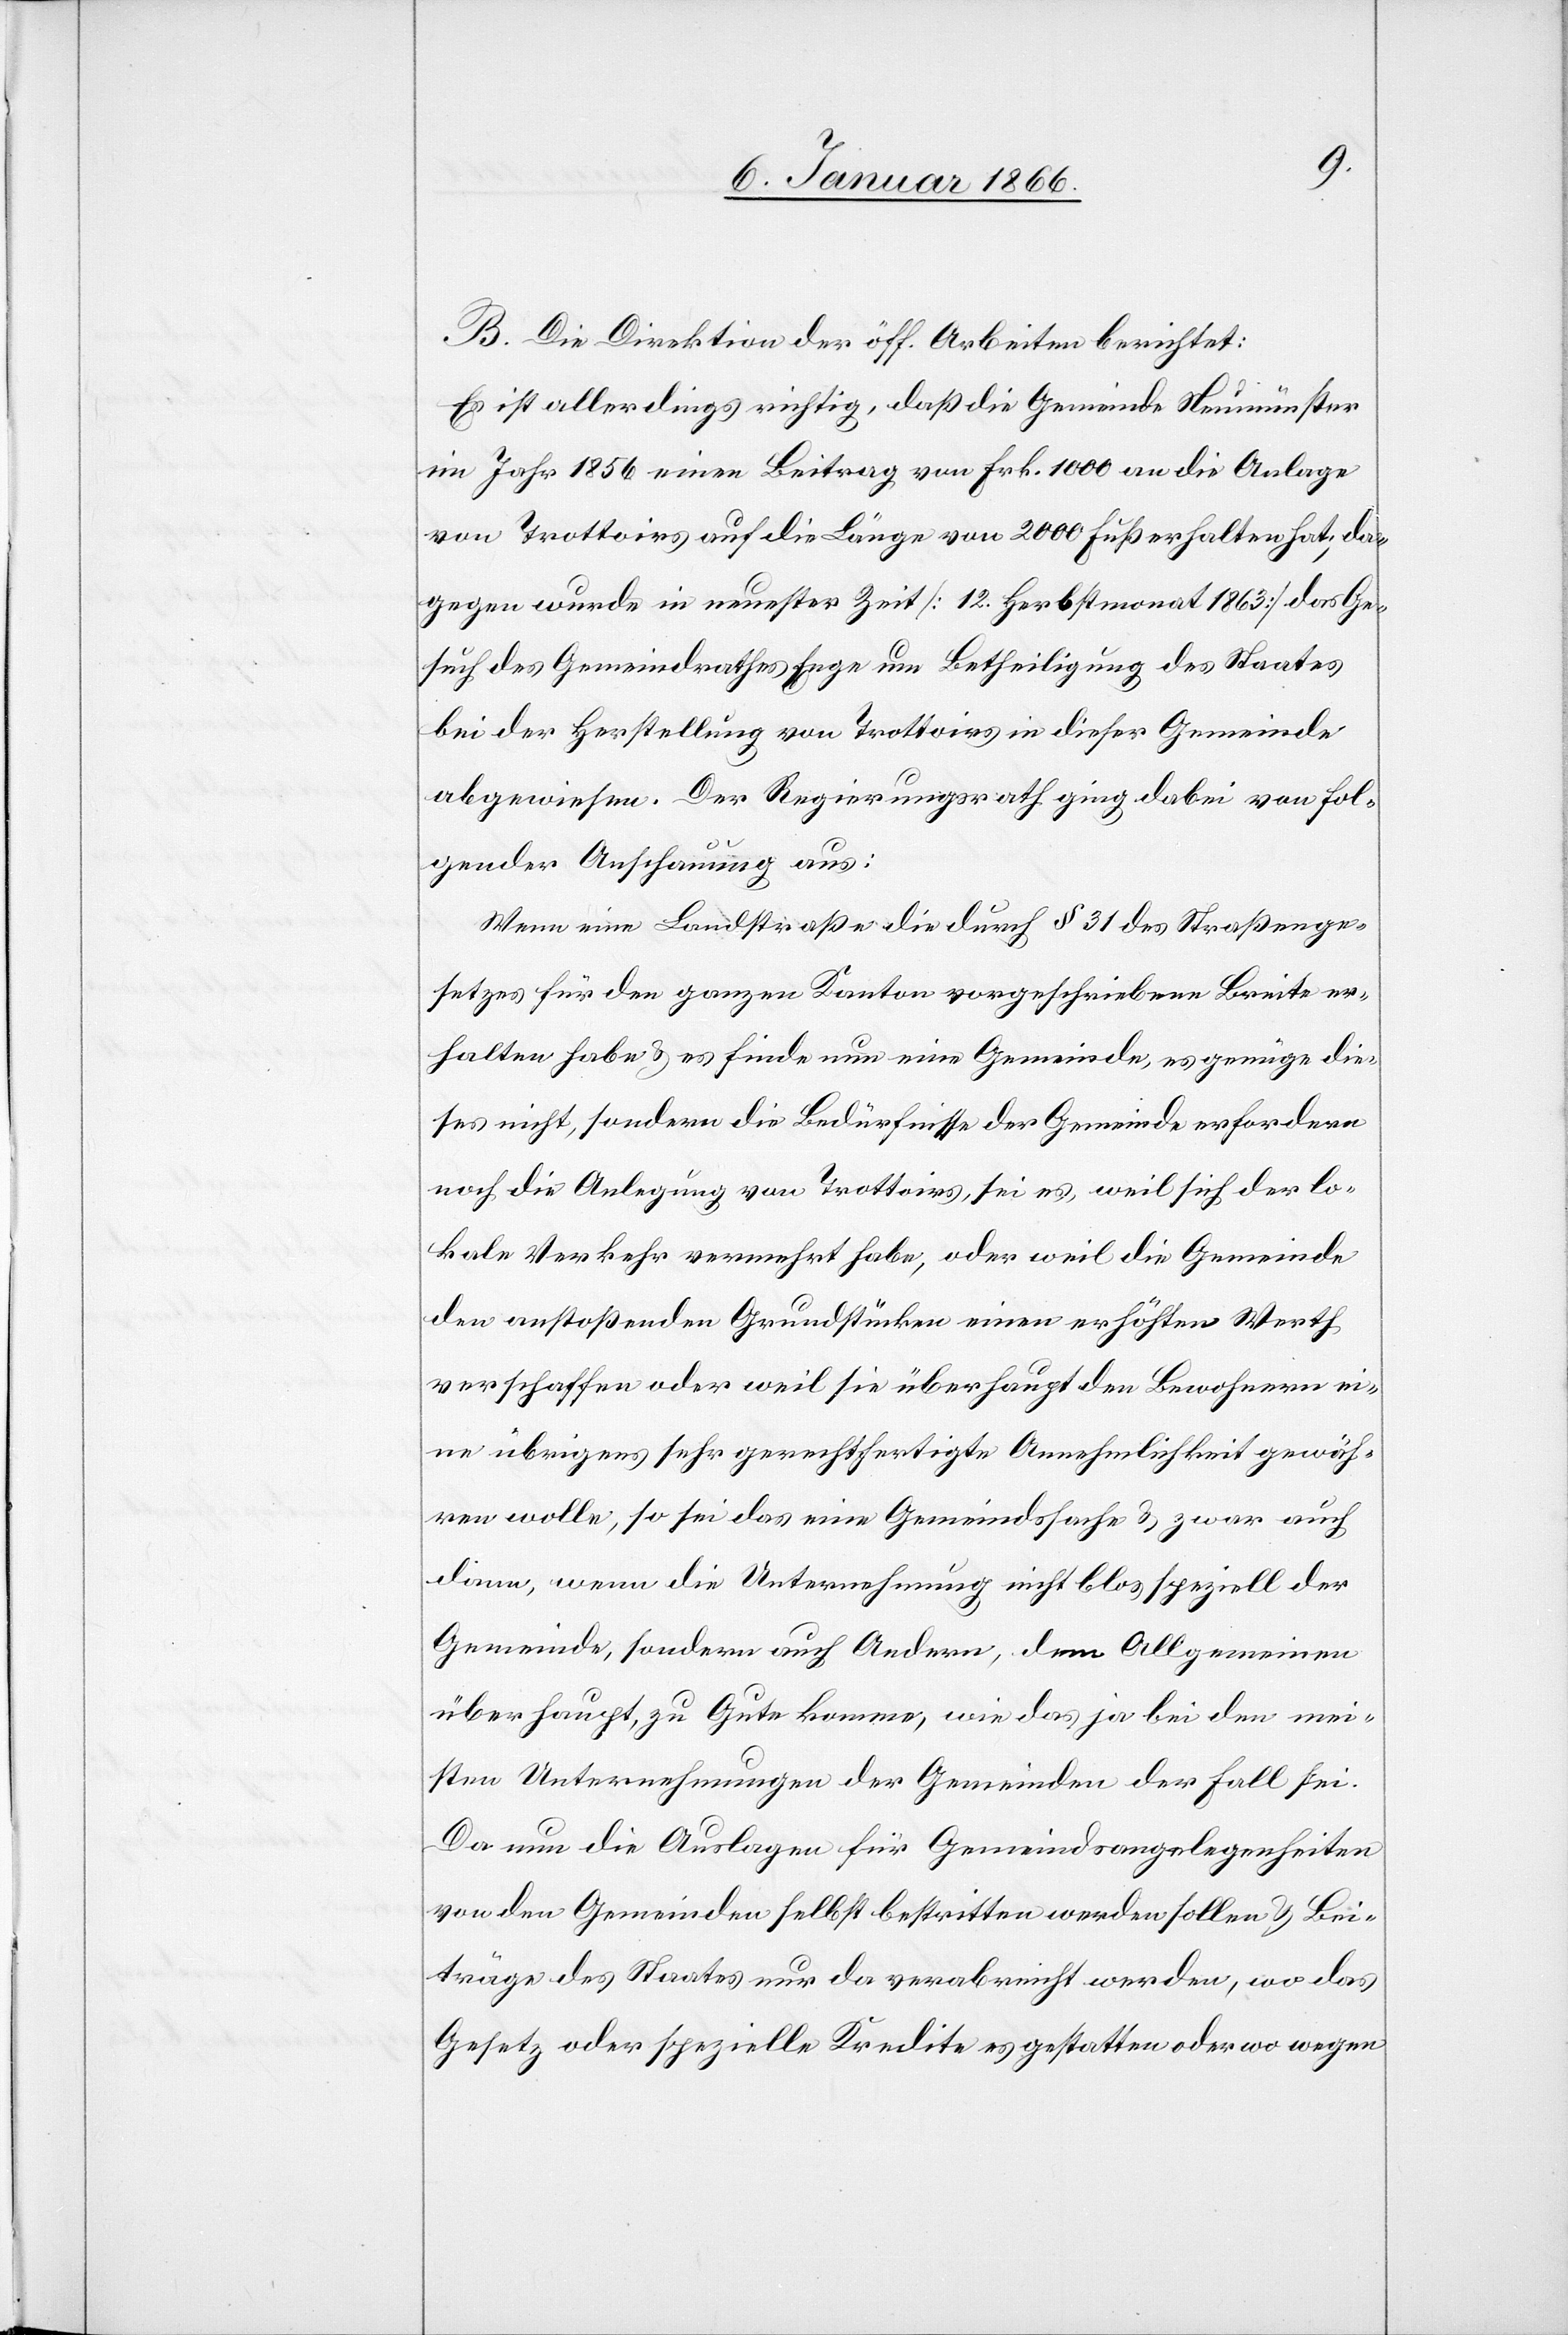
B. Die Direktion der öff. Arbeiten berichtet:
Es ist allerdings richtig, daß die Gemeinde Neumünster
im Jahr 1856 einen Beitrag von Frk. 1000 an die Anlage
von Trottoirs auf die Länge von 2000 Fuß erhalten hat, da¬
gegen wurde in neuester Zeit [12. Herbstmonat 1863.] das Ge¬
such des Gemeindrathes Enge um Betheiligung des Staates
bei der Herstellung von Trottoirs in dieser Gemeinde
abgewiesen. Der Regierungsrath ging dabei von fol¬
gender Anschauung aus:
Wenn eine Landstraße die durch § 31 des Straßenge¬
setzes für den ganzen Kanton vorgeschriebene Breite er¬
halten haben u. es finde nun eine Gemeinde, es genüge die¬
ses nicht, sondern die Bedürfnisse der Gemeinde erfordern
noch die Anlegung von Trottoirs, sei es, weil sich der lo¬
kale Verkehr vermehrt habe, oder weil die Gemeinde
den anstoßenden Grundstücken einen erhöhten Werth
verschaffen oder weil sie überhaupt den Bewohnern ei¬
ne übrigens sehr gerechtfertigte Annehmlichkeit gewäh¬
ren wolle, so sei das eine Gemeindssache u. zwar auch
dann, wenn die Unternehmung nicht blos speziell der
Gemeinde, sondern auch Andern, dem Allgemeinen
überhaupt, zu Gute kommen, wie das ja bei den mei¬
sten Unternehmungen der Gemeinden der Fall sei.
Da nun die Auslagen für Gemeindsangelegenheiten
von den Gemeinden selbst bestritten werden sollen u. Bei¬
träge des Staates nur da verabreicht werden, wo das
Gesetz oder spezielle Kredite es gestatten oder wo wegen